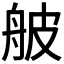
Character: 𦨭